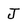
Character: J